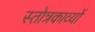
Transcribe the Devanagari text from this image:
स्तोत्रकाव्यों